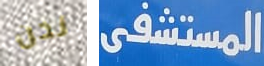
نحن المستشفى